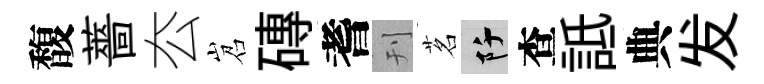
馥薔厺岧磚耆刊茗阡查詆典发